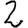
Digit: 2